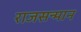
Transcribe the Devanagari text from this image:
राजसन्मान